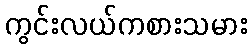
ကွင်းလယ်ကစားသမား